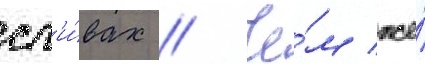
сл'и́вах // Че́м же́